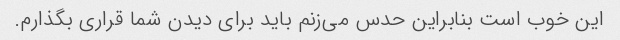
این خوب است بنابراین حدس می‌زنم باید برای دیدن شما قراری بگذارم.